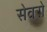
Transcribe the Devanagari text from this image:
सेवरो